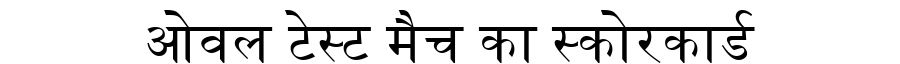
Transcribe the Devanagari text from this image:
ओवल टेस्ट मैच का स्कोरकार्ड